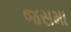
જસમા